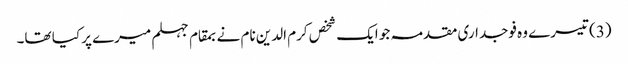
(3) تیسرے وہ فوجداری مقدمہ جو ایک شخص کرم الدین نام نے بمقام جہلم میرے پر کیا تھا۔